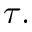
\tau .